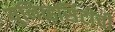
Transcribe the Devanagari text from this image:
युनिव्हर्सिटीची